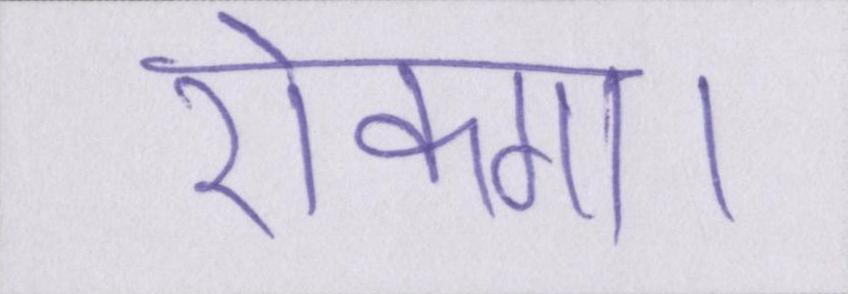
रोकगा।